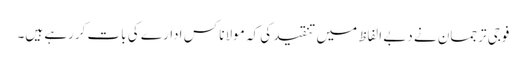
فوجی ترجمان نے دبے الفاظ میں تنقید کی کہ مولانا کس ادارے کی بات کررہے ہیں۔